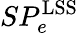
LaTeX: SP_{e}^{\mathrm{LSS}}